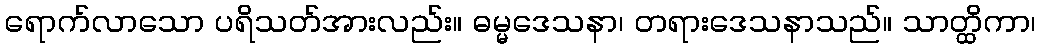
ရောက်လာသော ပရိသတ်အားလည်း။ ဓမ္မဒေသနာ၊ တရားဒေသနာသည်။ သာတ္ထိကာ၊